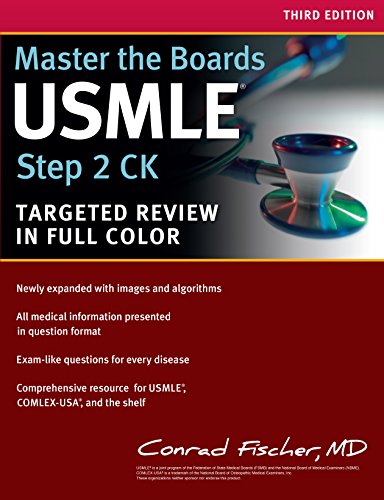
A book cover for Master the Boards USMLE Step 2 CK; Conrad Fischer MD; Test Preparation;